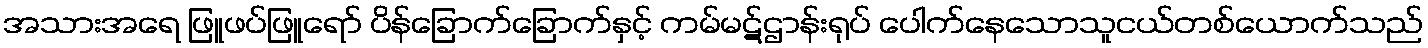
အသားအရေ ဖြူဖပ်ဖြူရော် ပိန်ခြောက်ခြောက်နှင့် ကမ်မဋ်ဌာန်းရုပ် ပေါက်နေသောသူငယ်တစ်ယောက်သည်